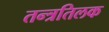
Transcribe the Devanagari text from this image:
तन्त्रतिलक